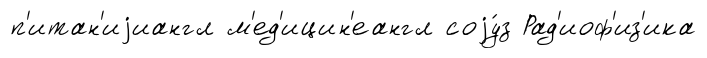
п'итан'иjиангл м'ед'ицин'еангл соjу́з Рад'иоф'из'ика